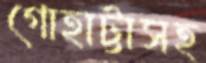
গোহাট্টাসহ